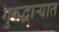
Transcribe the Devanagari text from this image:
गुरुद्वाऱ्यात